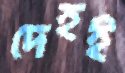
দেহই